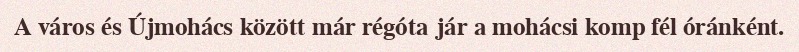
A város és Újmohács között már régóta jár a mohácsi komp fél óránként.